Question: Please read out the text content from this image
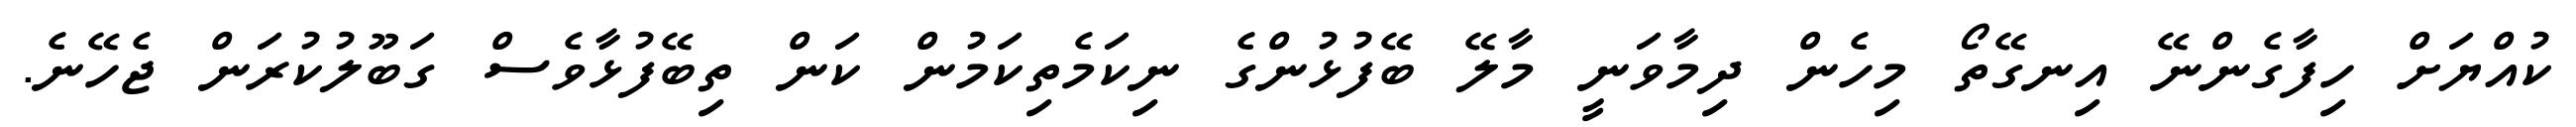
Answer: ކުއްޔަށް ހިފާގެންނޭ އިނގޭތޯ މިހެން ދިމާވަނީ މާލޭ ބޭފުޅުންގެ ނިކަމެތިކަމުން ކަން ތިބޭފުޅާވެސް ގަބޫލުކުރަން ޖެހޭނެ.